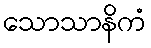
သောသာနိကံ